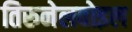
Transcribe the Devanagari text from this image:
तिरुनेलवोइल